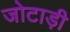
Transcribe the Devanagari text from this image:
जोटाड़ी